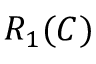
R _ { 1 } ( C )